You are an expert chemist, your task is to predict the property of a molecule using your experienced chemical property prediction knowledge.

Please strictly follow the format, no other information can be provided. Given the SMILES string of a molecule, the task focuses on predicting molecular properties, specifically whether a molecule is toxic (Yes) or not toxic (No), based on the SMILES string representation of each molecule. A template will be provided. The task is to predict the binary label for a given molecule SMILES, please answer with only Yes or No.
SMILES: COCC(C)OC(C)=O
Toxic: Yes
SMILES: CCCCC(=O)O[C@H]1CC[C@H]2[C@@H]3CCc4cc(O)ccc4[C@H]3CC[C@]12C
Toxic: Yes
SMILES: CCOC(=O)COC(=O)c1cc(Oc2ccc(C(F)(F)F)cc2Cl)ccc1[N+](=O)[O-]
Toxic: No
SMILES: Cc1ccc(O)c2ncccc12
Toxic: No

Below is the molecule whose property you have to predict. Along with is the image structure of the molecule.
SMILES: CCN(CC)CCOCCOC(=O)C(CC)(CC)c1ccccc1.O=C(O)CC(O)(CC(=O)O)C(=O)O
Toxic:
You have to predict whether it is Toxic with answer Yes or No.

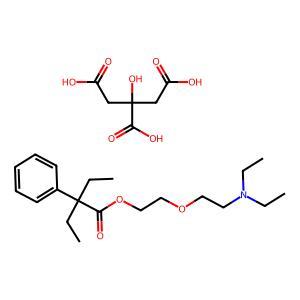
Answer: No